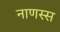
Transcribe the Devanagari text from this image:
नाणस्स